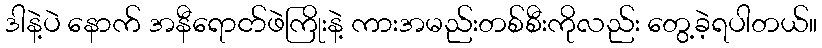
ဒါနဲ့ပဲ နောက် အနီရောငာ်ဖဲကြိုးနဲ့ ကားအမည်းတစ်စီးကိုလည်း တွေ့ခဲ့ရပါတယ်။